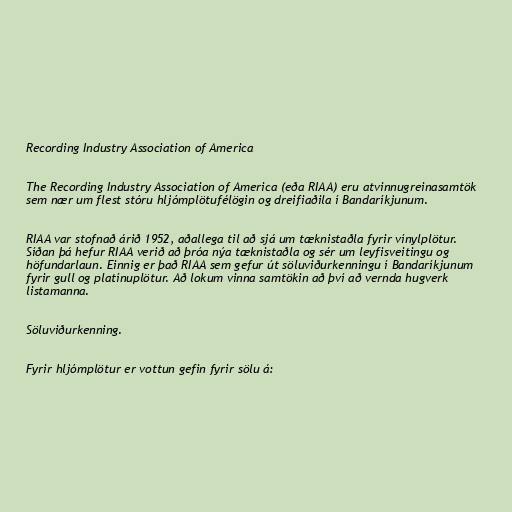
Recording Industry Association of America

The Recording Industry Association of America (eða RIAA) eru atvinnugreinasamtök
sem nær um flest stóru hljómplötufélögin og dreifiaðila í Bandaríkjunum.

RIAA var stofnað árið 1952, aðallega til að sjá um tæknistaðla fyrir vínylplötur.
Síðan þá hefur RIAA verið að þróa nýa tæknistaðla og sér um leyfisveitingu og
höfundarlaun. Einnig er það RIAA sem gefur út söluviðurkenningu í Bandaríkjunum
fyrir gull og platínuplötur. Að lokum vinna samtökin að því að vernda hugverk
listamanna.

Söluviðurkenning.

Fyrir hljómplötur er vottun gefin fyrir sölu á: